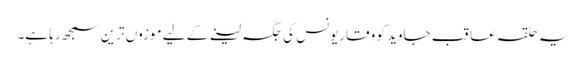
یہ حلقہ عاقب جاوید کو وقاریونس کی جگہ لینے کے لیے موزوں ترین سمجھ رہا ہے۔